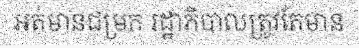
អត់មានជម្រក រដ្ឋាភិបាលត្រូវតែមាន